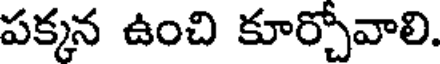
పక్కన ఉంచి కూర్చోవాలి.